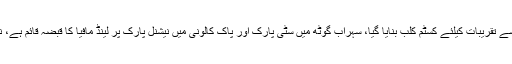
عزیز بھٹی پارک کی بات کی جائے تو کے ڈی اے الاٹمنٹ سے تقریبات کیلئے کسٹم کلب بنایا گیا، سہراب گوٹھ میں سٹی پارک اور پاک کالونی میں نیشنل پارک پر لینڈ مافیا کا قبضہ قائم ہے، نیلم کالونی اولڈ کلفٹن کے بلک پارک بھی لینڈ مافیا کا راج ہے۔